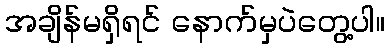
အချိန်မရှိရင် နောက်မှပဲတွေ့ပါ။